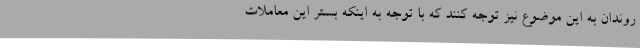
روندان به این موضوع نیز توجه کنند که با توجه به اینکه بستر این معاملات